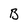
Character: B